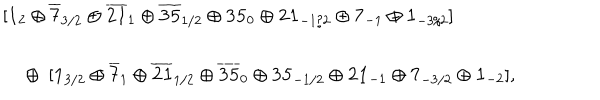
\begin{array} { c l } { { } } & { { [ { \bf 1 } _ { 2 } \oplus { \bf \overline { { { 7 } } } } _ { 3 / 2 } \oplus { \bf \overline { { { 2 1 } } } } _ { 1 } \oplus { \bf \overline { { { 3 5 } } } } _ { 1 / 2 } \oplus { \bf 3 5 } _ { 0 } \oplus { \bf 2 1 } _ { - 1 / 2 } \oplus { \bf 7 } _ { - 1 } \oplus { \bf 1 } _ { - 3 / 2 } ] } } \\ { { } } & { { ~ \oplus ~ [ { \bf 1 } _ { 3 / 2 } \oplus { \bf \overline { { { 7 } } } } _ { 1 } \oplus { \bf \overline { { { 2 1 } } } } _ { 1 / 2 } \oplus { \bf \overline { { { 3 5 } } } } _ { 0 } \oplus { \bf 3 5 } _ { - 1 / 2 } \oplus { \bf 2 1 } _ { - 1 } \oplus { \bf 7 } _ { - 3 / 2 } \oplus { \bf 1 } _ { - 2 } ] , } } \\ \end{array}